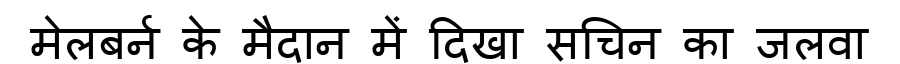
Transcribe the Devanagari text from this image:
मेलबर्न के मैदान में दिखा सचिन का जलवा